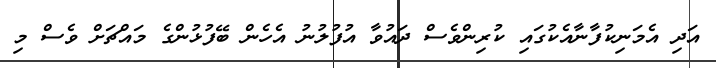
އަދި އެމަނިކުފާނާއެކުގައި ކުރިންވެސް ދައުވާ އުފުލުނު އެހެން ބޭފުޅުންގެ މައްޗަށް ވެސް މި